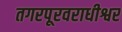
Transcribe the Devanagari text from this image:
तगरपूरवराधीश्वर